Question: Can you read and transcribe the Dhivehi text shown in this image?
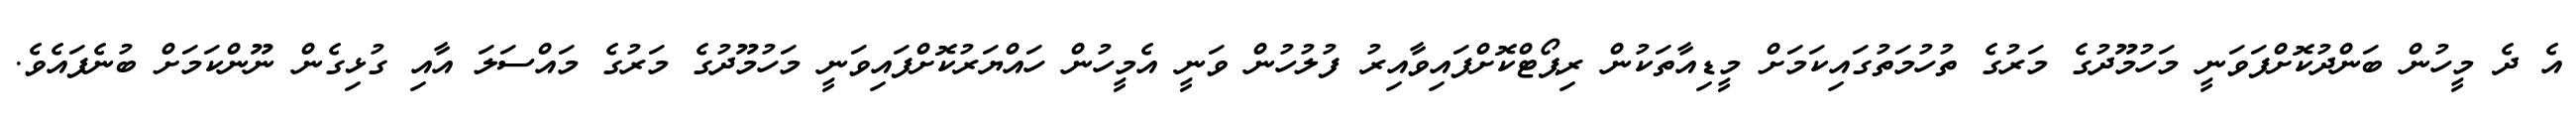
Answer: އެ ދެ މީހުން ބަންދުކޮށްފަވަނީ މަހުމޫދުގެ މަރުގެ ތުހުމަތުގައިކަމަށް މީޑިއާތަކުން ރިޕޯޓްކޮށްފައިވާއިރު ފުލުހުން ވަނީ އެމީހުން ހައްޔަރުކޮށްފައިވަނީ މަހުމޫދުގެ މަރުގެ މައްސަލަ އާއި ގުޅިގެން ނޫންކަމަށް ބުނެފައެވެ.